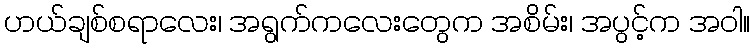
ဟယ်ချစ်စရာလေး၊ အရွက်ကလေးတွေက အစိမ်း၊ အပွင့်က အဝါ။